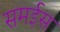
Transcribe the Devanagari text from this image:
समईस